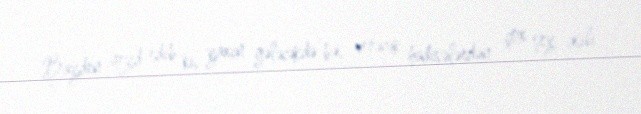
Bayden qeyd edib ki, yaxın gələcəkdə baş verəcək hadisələrdən çox şey asılı